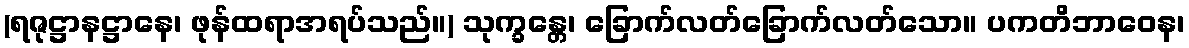
(ရဇုဋ္ဌာနဋ္ဌာနေ၊ ဖုန်ထရာအရပ်သည်။) သုက္ခန္တေ၊ ခြောက်လတ်ခြောက်လတ်သော။ ပကတိဘာဝေန၊